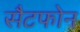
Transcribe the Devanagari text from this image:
सैटफोन